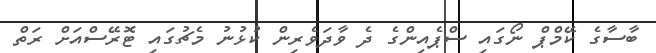
ބާސާގެ ކޭމްޕް ނޯގައި ސްޕެއިންގެ ދެ ވާދަވެރިން ކުޅުނު މެޗުގައި ޓޮރޭސްއަށް ރަތް